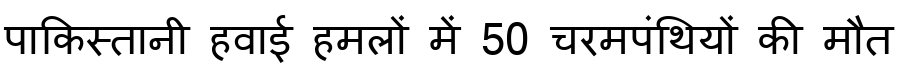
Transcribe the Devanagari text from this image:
पाकिस्तानी हवाई हमलों में 50 चरमपंथियों की मौत